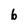
Character: b